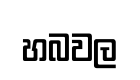
හබවල